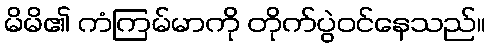
မိမိ၏ ကံကြမ်မာကို တိုက်ပွဲဝင်နေသည်။